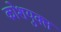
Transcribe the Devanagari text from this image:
कोशयुक्त